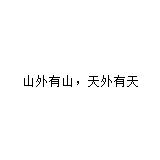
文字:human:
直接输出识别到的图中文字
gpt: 山外有山，天外有天